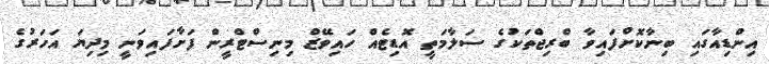
އިންޑިއާގައި ބިނާކޮށްފައިވާ ބްރިޖްތަކުގެ ސަލާމަތީ އޮޑިޓެއް ހައިވޭޒް މިނިސްޓްރީން ފަށާފައިވަނީ މިދިޔަ އަހަރުގެ